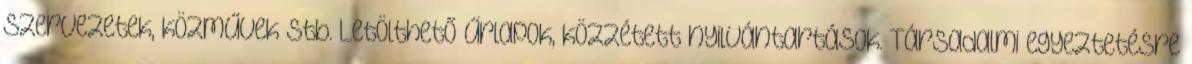
szervezetek, közművek stb. Letölthető űrlapok, közzétett nyilvántartások. Társadalmi egyeztetésre